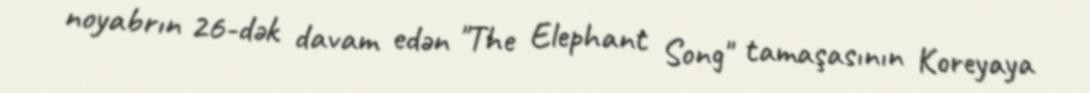
noyabrın 26-dək davam edən "The Elephant Song" tamaşasının Koreyaya